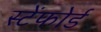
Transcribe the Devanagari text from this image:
स्टेंफोर्ड